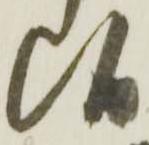
候